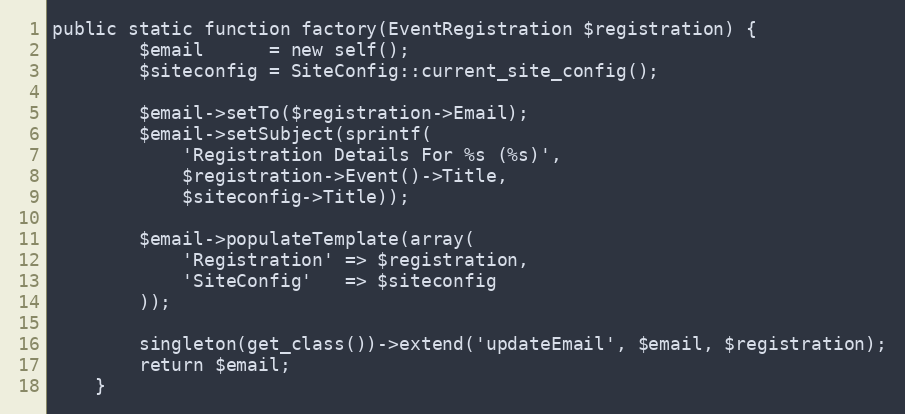
Language: PHP
public static function factory(EventRegistration $registration) {
		$email      = new self();
		$siteconfig = SiteConfig::current_site_config();

		$email->setTo($registration->Email);
		$email->setSubject(sprintf(
			'Registration Details For %s (%s)',
			$registration->Event()->Title,
			$siteconfig->Title));

		$email->populateTemplate(array(
			'Registration' => $registration,
			'SiteConfig'   => $siteconfig
		));

		singleton(get_class())->extend('updateEmail', $email, $registration);
		return $email;
	}